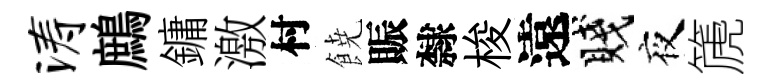
涛鷓鏞激村𩜙賑隸梭遠賤夜篪